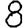
Digit: 8